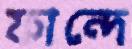
ফান্দে